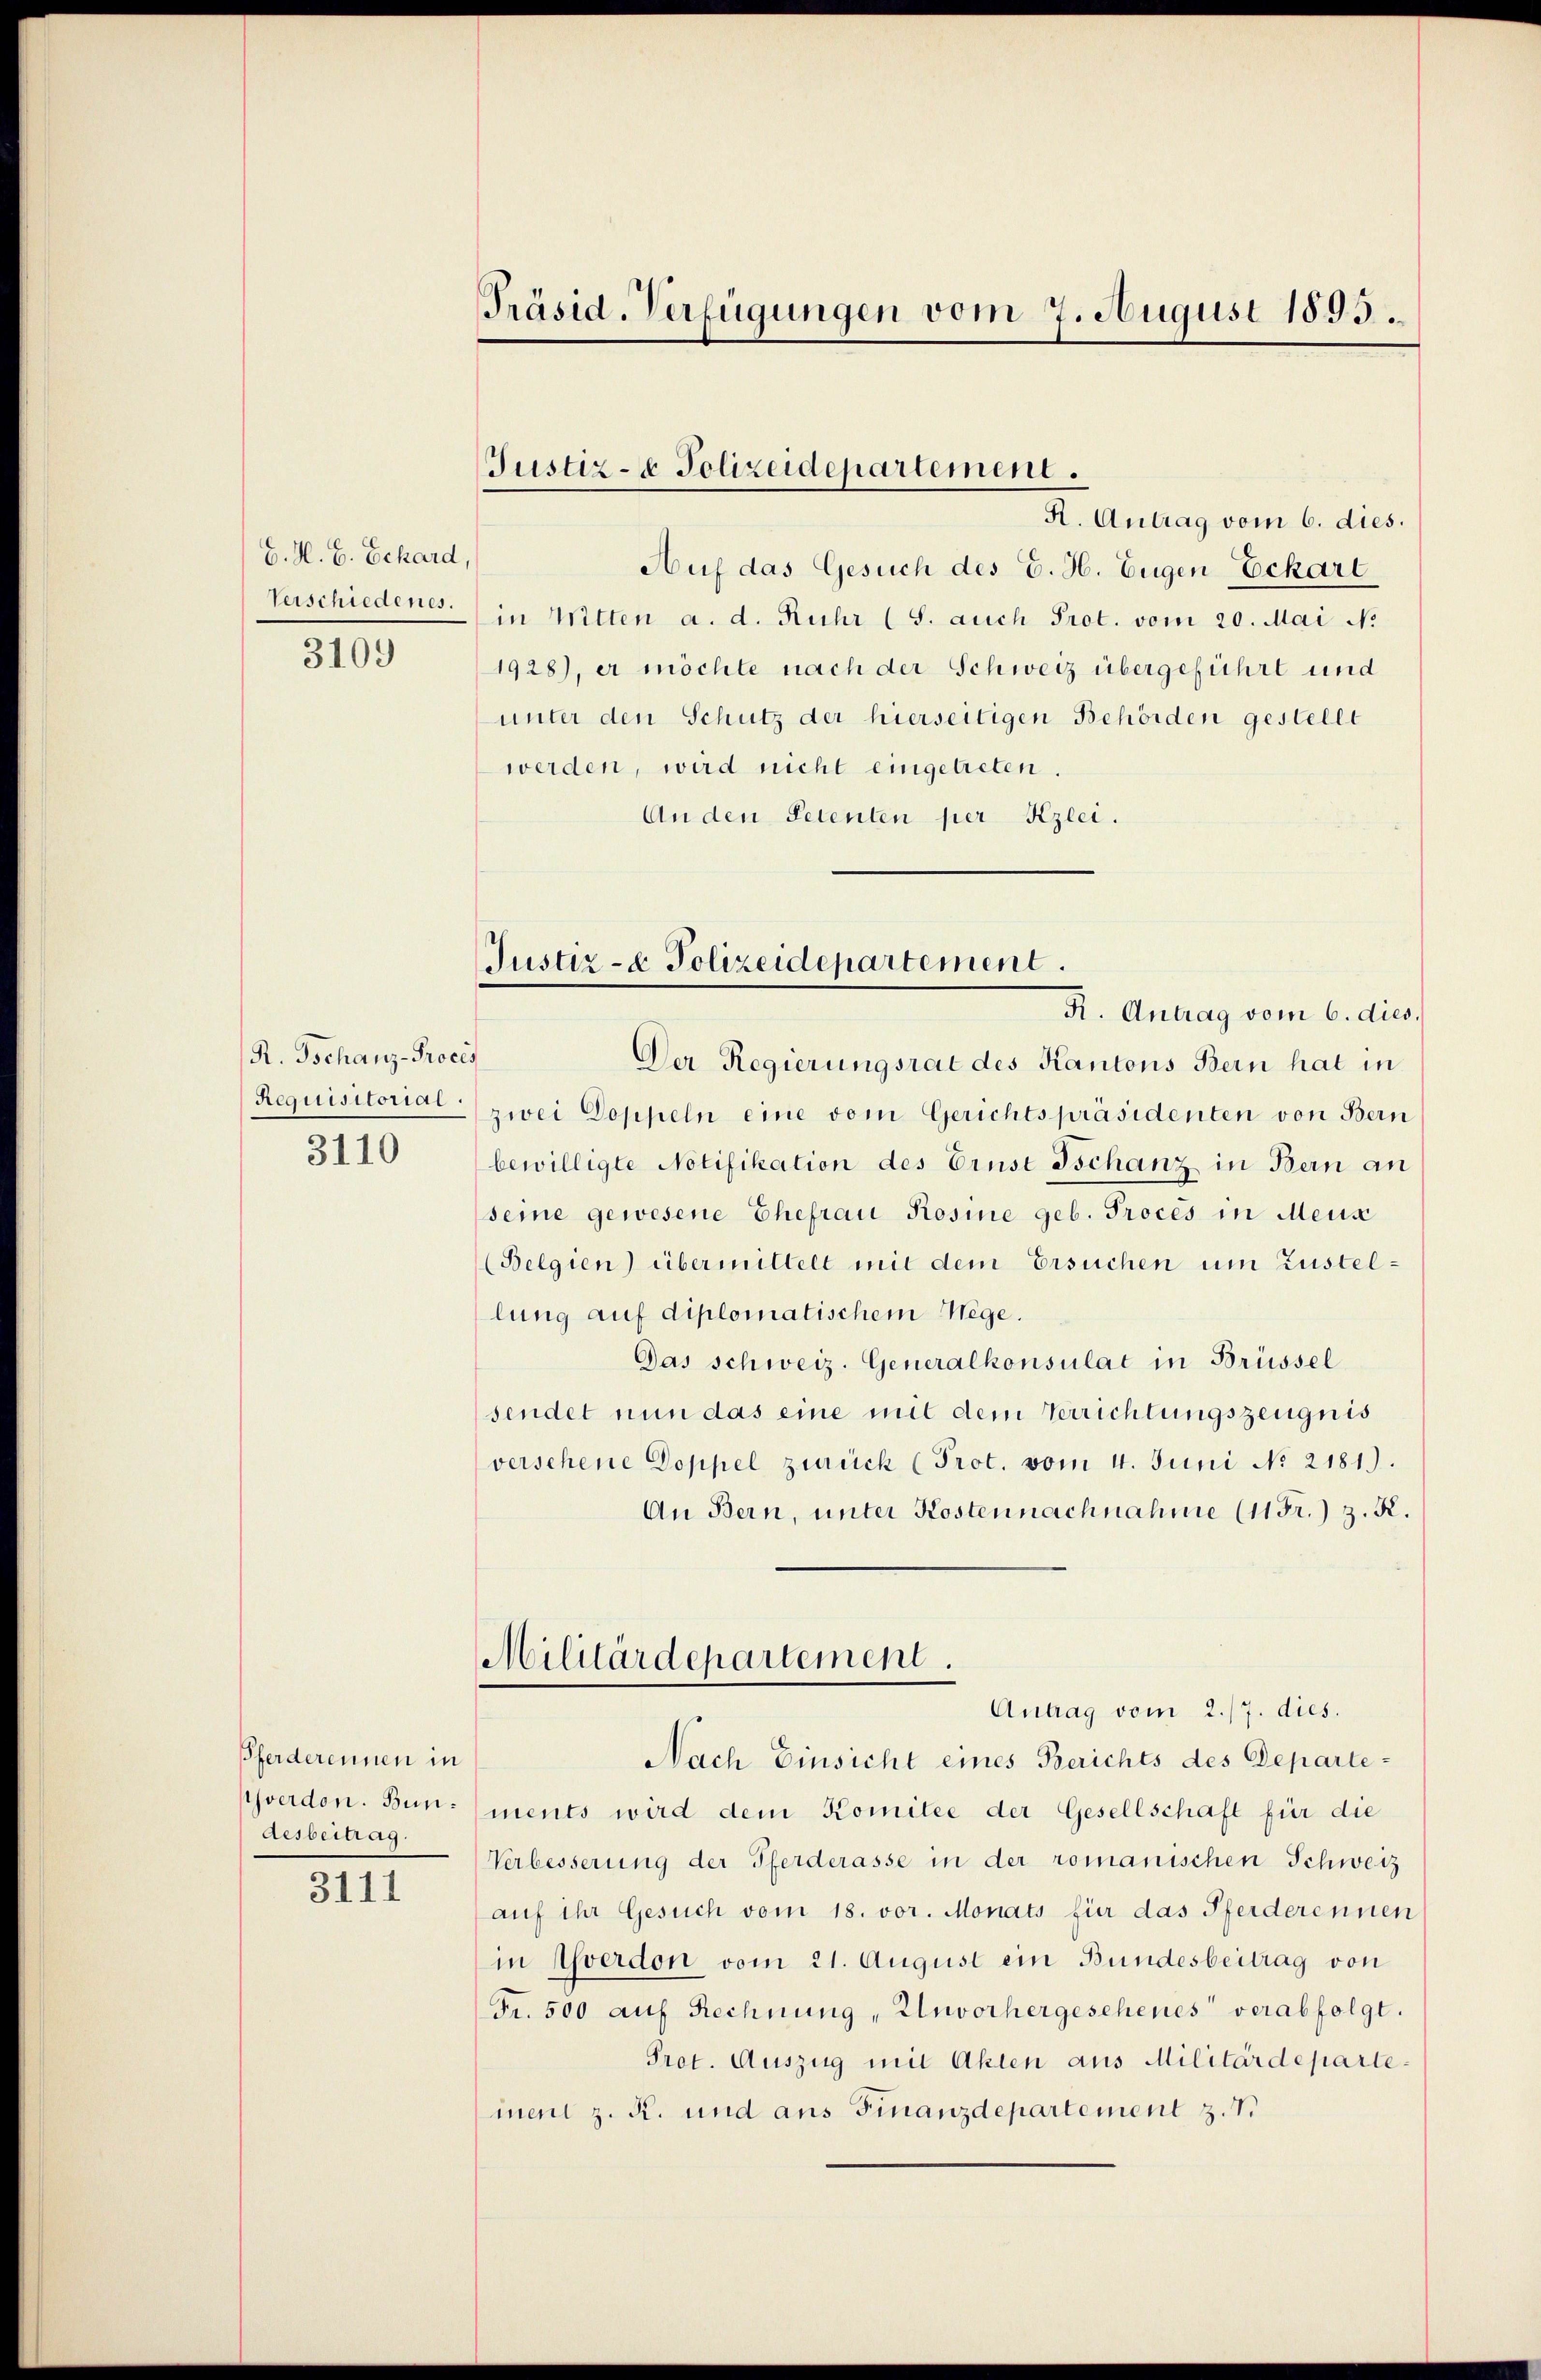
G. H. B. Schard,
Verschiedenes.

3109

R. Tschanz-Proces
Requisitorial
3110

Pferderennen in
verdon. Bun¬
Aesbeitrag.

3111

Präsid. Verfügungen vom 7. August 1895.

Justiz- & Polizeidepartement.
A. Antrag vom 6. dies.

Auf das Gesuch des E. H. Eugen Eckart
in Witten a. d. Ruhr (S. auch Prot. vom 20. Mai N.
1928), er möchte nach der Schweiz übergeführt und
unter den Schutz der hierseitigen Behörden gestellt
werden, wird nicht eingetreten.
An den Petenten per Kzlei.

Justiz- & Polizeidepartement.

R. Antrag vom 6. dies.
Der Regierungsrat des Kantons Bern hat in
zwei Doppeln eine vom Gerichtspräsidenten von Bern
bewilligte Notifikation des Ernst Ischanz in Bern an
seine gewesene Ehefrau Rosine geb. Proces in Mens
(Belgien) übermittelt mit dem Ersuchen um Zustellung auf diplomatischem Wege.
Das schweiz. Generalkonsulat in Brüssel
sendet nun das eine mit dem Verrichtungszeugnis
verschene Doppel zurück (Prot. vom 4. Juni No 2181).
An Bern, unter Kostennachnahme (11Fr.) z. R.
Militärdepartement.
Antrag vom 2./7. dies.
Nach Einsicht eines Berichts des Departements wird dem Komitee der Gesellschaft für die
Verbesserung der Pferderasse in der romanischen Schweiz
auf ihr Gesuch vom 18. vor. Monats für das Pferderennen
in Yverdon vom 21. August ein Bundesbeitrag von
Fr. 500 auf Rechnung, Unvorhergesehenes verabfolgt.
Prot. Auszug mit Akten aus Militärdeparteinen z. R. und aus Finanzdepartement z. 7.